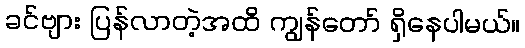
ခင်ဗျား ပြန်လာတဲ့အထိ ကျွန်တော် ရှိနေပါမယ်။